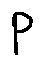
p